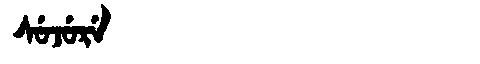
Manchu: ᠰᡠᠵᡠᡵᡝ
Romanization: SUJURE